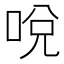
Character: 哾